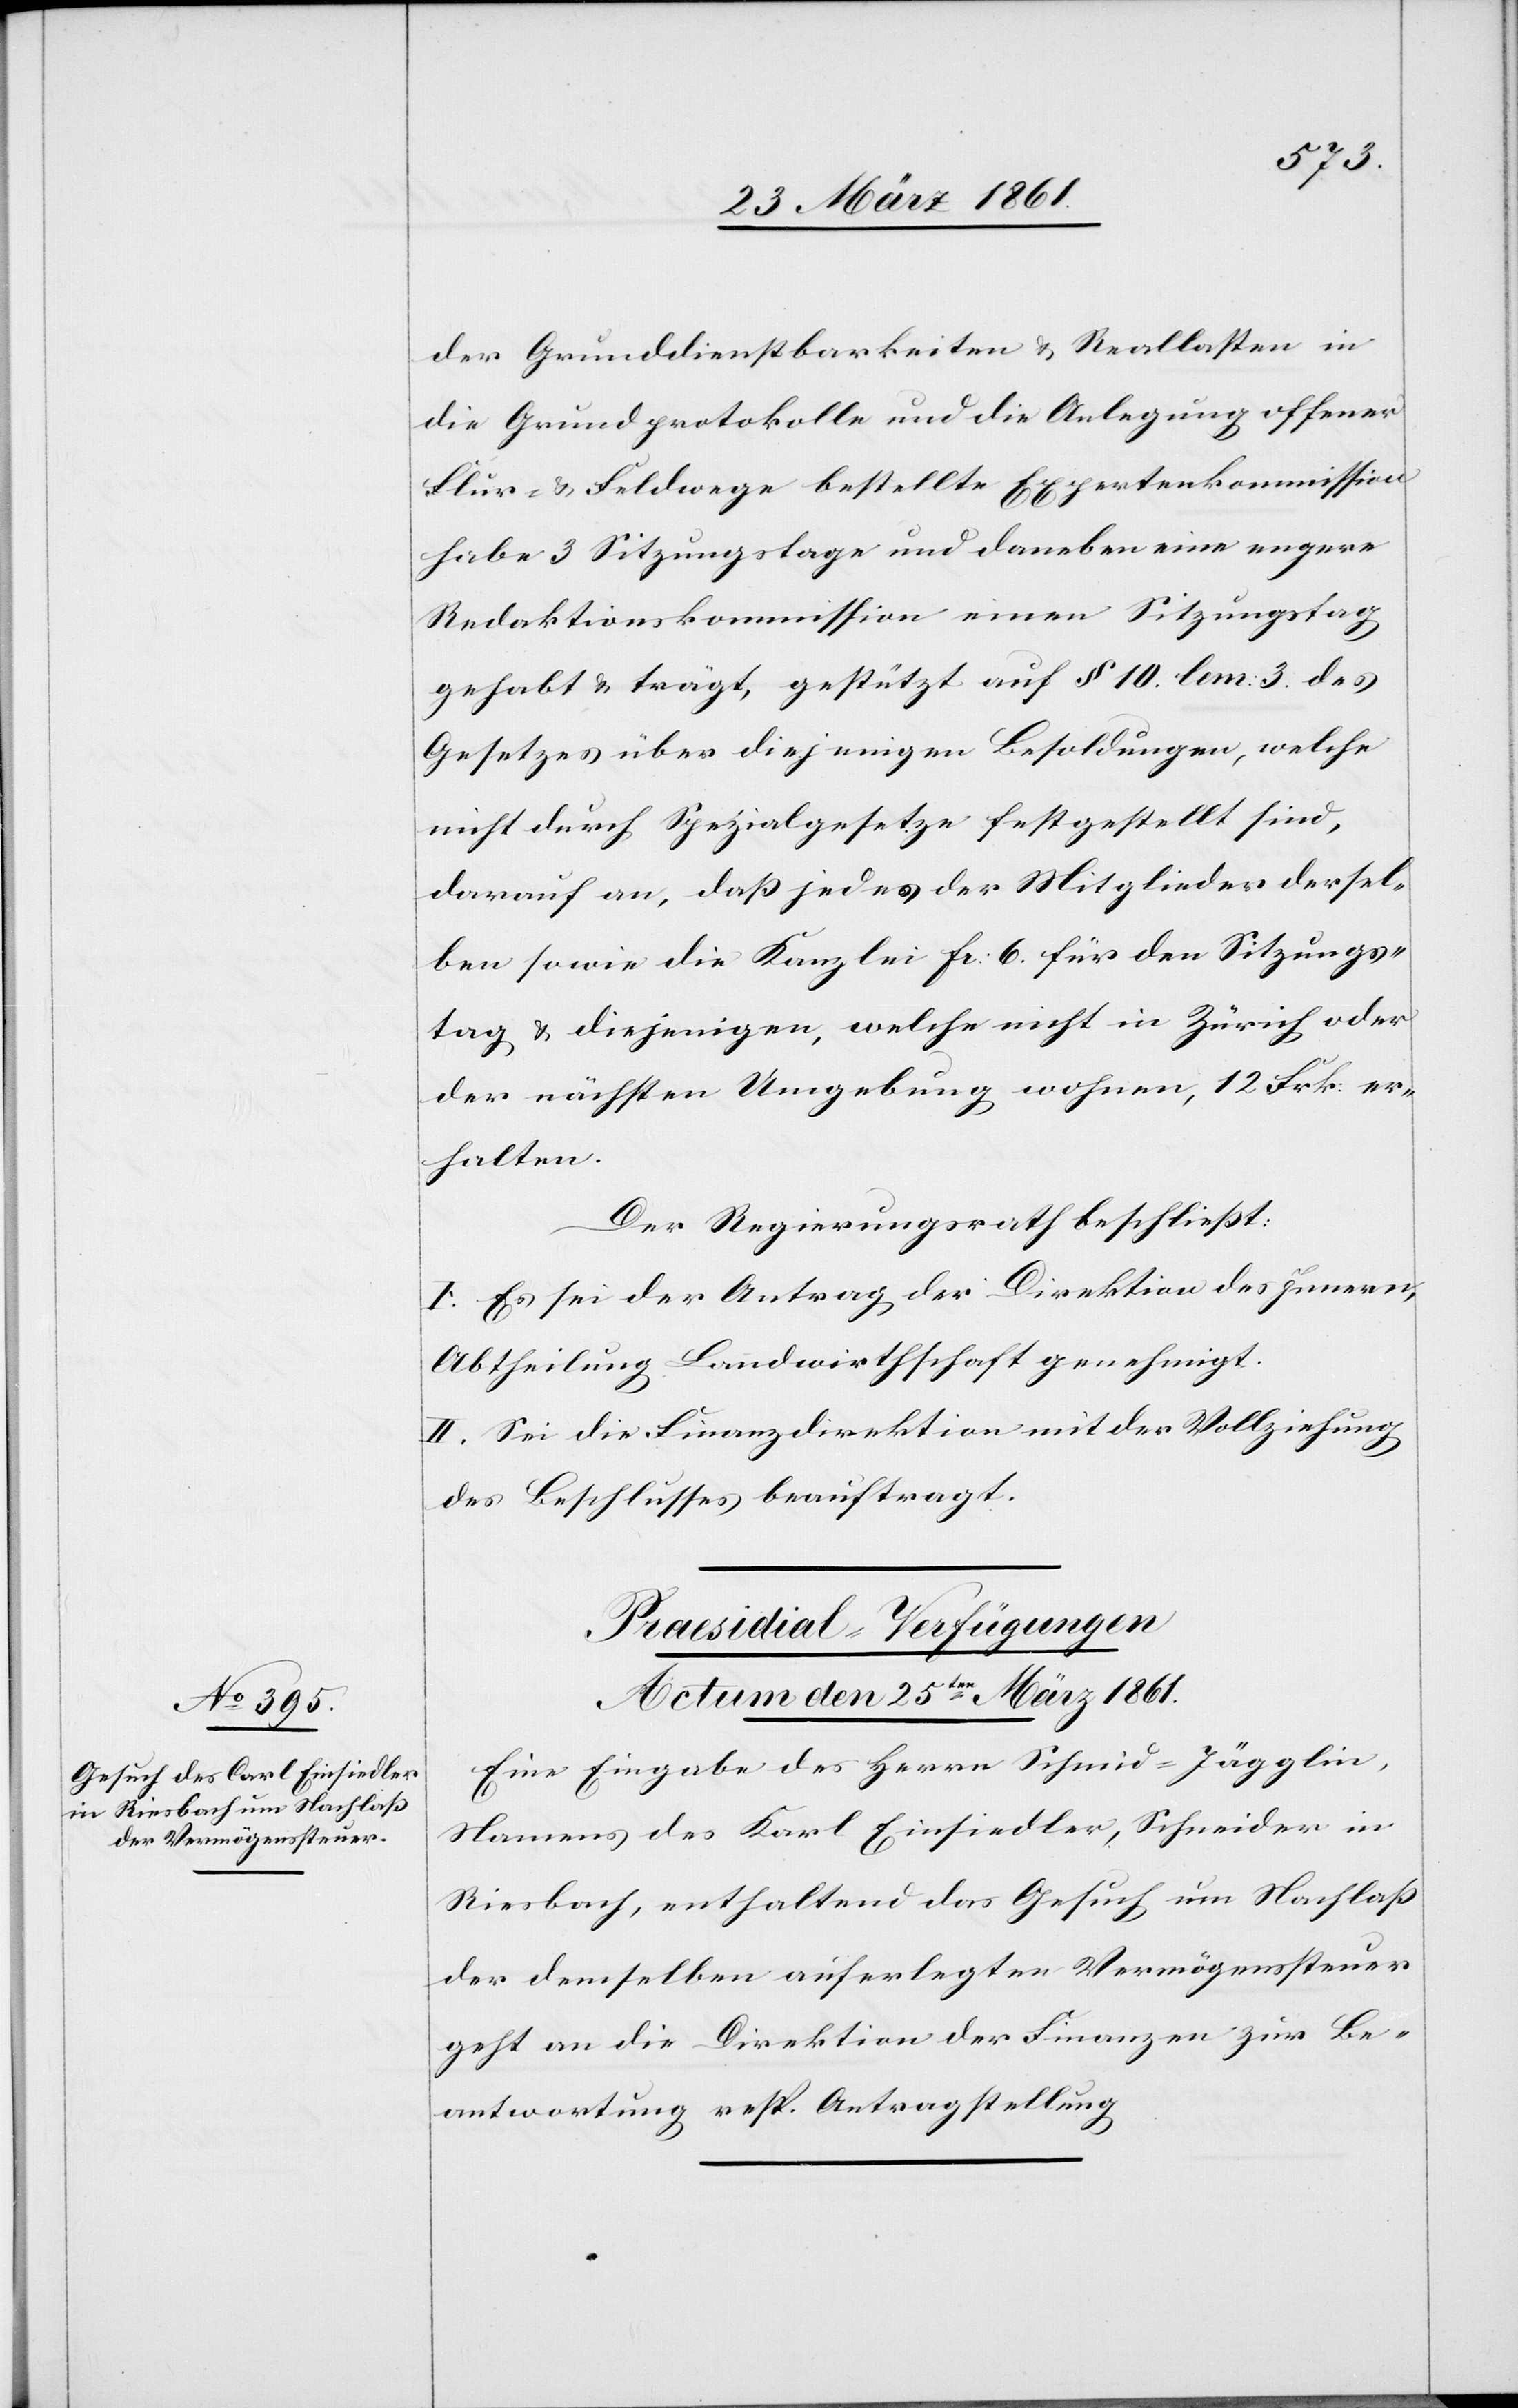
der Grunddienstbarkeiten u. Reallasten in
die Grundprotokolle und die Anlegung offener
Flur- u. Feldwege bestellte Expertenkommission
habe 3 Sitzungstage und daneben eine engere
Redaktionskommission einen Sitzungstag
gehabt u. trägt, gestützt auf § 19 lem: 3 des
Gesetzes über diejenigen Besoldungen, welche
nicht durch Spezialgesetze festgesellt sind,
darauf an, daß jedes der Mitglieder dersel¬
ben sowie die Kanzlei fr. 6 für den Sitzungs¬
tag u. diejenigen, welche nicht in Zürich oder
der nächsten Umgebung wohnen, 12 Frk. er¬
halten.
Der Regierungsrath beschließt:
I. Es sei der Antrag der Direktion des Innern,
Abtheilung Landwirthschaft genehmigt.
II. Sei die Finanzdirektion mit der Vollziehung
des Beschlusses beauftragt.
Praesidial-Verfügungen.
Actum den 25ten März 1861.
Eine Eingabe des Herrn Schmid-Jägglin,
Namens des Karl Einsiedler, Schneider in
Riesbach, enthaltend das Gesuch um Nachlaß
der demselben auferlegten Vermögenssteuer
geht an die Direktion der Finanzen zur Be¬
antwortung resp. Antragstellung.